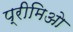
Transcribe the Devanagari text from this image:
प्रीमिओ